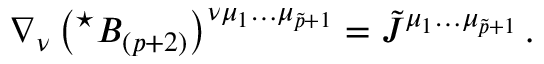
\nabla _ { \nu } \left( { } ^ { \star } B _ { ( p + 2 ) } \right) ^ { \nu \mu _ { 1 } \ldots \mu _ { \tilde { p } + 1 } } = \tilde { J } ^ { \mu _ { 1 } \ldots \mu _ { \tilde { p } + 1 } } \, .